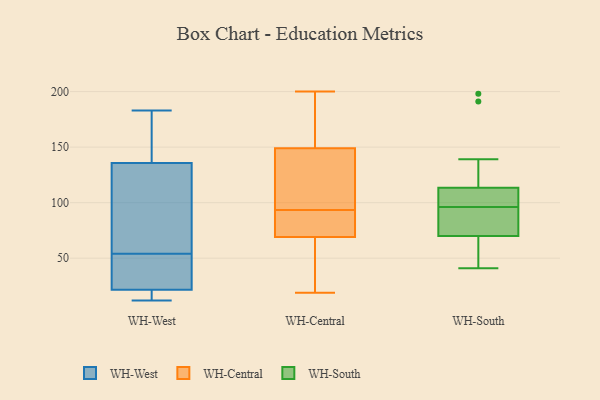
{"axis": {"x": "Shipments", "y": "Value"}, "legend": ["WH-Central", "WH-South", "WH-West"], "data": [{"x": "", "y": 54, "type": "WH-West"}, {"x": "", "y": 35, "type": "WH-West"}, {"x": "", "y": 12, "type": "WH-West"}, {"x": "", "y": 132, "type": "WH-West"}, {"x": "", "y": 21, "type": "WH-West"}, {"x": "", "y": 31, "type": "WH-West"}, {"x": "", "y": 78, "type": "WH-West"}, {"x": "", "y": 20, "type": "WH-West"}, {"x": "", "y": 104, "type": "WH-West"}, {"x": "", "y": 137, "type": "WH-West"}, {"x": "", "y": 23, "type": "WH-West"}, {"x": "", "y": 166, "type": "WH-West"}, {"x": "", "y": 15, "type": "WH-West"}, {"x": "", "y": 171, "type": "WH-West"}, {"x": "", "y": 183, "type": "WH-West"}, {"x": "", "y": 197, "type": "WH-Central"}, {"x": "", "y": 93, "type": "WH-Central"}, {"x": "", "y": 94, "type": "WH-Central"}, {"x": "", "y": 200, "type": "WH-Central"}, {"x": "", "y": 69, "type": "WH-Central"}, {"x": "", "y": 92, "type": "WH-Central"}, {"x": "", "y": 166, "type": "WH-Central"}, {"x": "", "y": 56, "type": "WH-Central"}, {"x": "", "y": 109, "type": "WH-Central"}, {"x": "", "y": 19, "type": "WH-Central"}, {"x": "", "y": 126, "type": "WH-Central"}, {"x": "", "y": 78, "type": "WH-Central"}, {"x": "", "y": 149, "type": "WH-Central"}, {"x": "", "y": 56, "type": "WH-Central"}, {"x": "", "y": 116, "type": "WH-South"}, {"x": "", "y": 96, "type": "WH-South"}, {"x": "", "y": 42, "type": "WH-South"}, {"x": "", "y": 98, "type": "WH-South"}, {"x": "", "y": 111, "type": "WH-South"}, {"x": "", "y": 103, "type": "WH-South"}, {"x": "", "y": 72, "type": "WH-South"}, {"x": "", "y": 191, "type": "WH-South"}, {"x": "", "y": 139, "type": "WH-South"}, {"x": "", "y": 68, "type": "WH-South"}, {"x": "", "y": 198, "type": "WH-South"}, {"x": "", "y": 79, "type": "WH-South"}, {"x": "", "y": 48, "type": "WH-South"}, {"x": "", "y": 96, "type": "WH-South"}, {"x": "", "y": 89, "type": "WH-South"}, {"x": "", "y": 41, "type": "WH-South"}]}